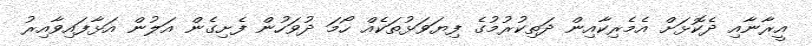
އީރާނާއި ދެކޮޅަށް އެމެރިކާއިން ދަތިކުރުމުގެ ފިޔަވަޅުތަކެއް ހޯމަ ދުވަހުން ފެށިގެން އަލުން އަޅާފައިވާއިރު